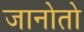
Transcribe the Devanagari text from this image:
जानोतो